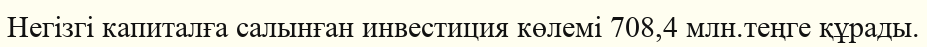
Негiзгi капиталға салынған инвестиция көлемi 708,4 млн.теңге құрады.